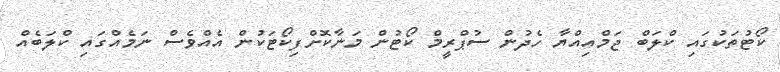
ކޯޓުތަކުގައި ކްލަބް ޖަމްއިއްޔާ ހެދުން ސުޕްރީމް ކޯޓުން މަނާކޮށްފިކޯޓަކުން އެއްވެސް ނަމެއްގައި ކްލަބެއް